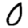
Digit: 0